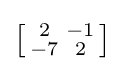
\left[{\begin{smallmatrix}2&-1\\-7&2\end{smallmatrix}}\right]